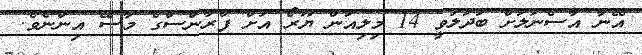
އޭނާ އާސެނަލަށް ބަދަލުވީ 14 މިލިއަން ޔޫރޯ އަށް ފްރާންސްގެ މާސޭ އިންނެވެ.